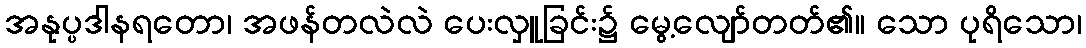
အနုပ္ပဒါနရတော၊ အဖန်တလဲလဲ ပေးလှူခြင်း၌ မွေ့လျော်တတ်၏။ သော ပုရိသော၊